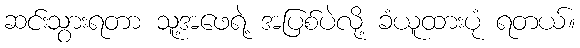
ဆင်းသွားရတာ သူ့အဖေရဲ့ အပြစ်ပဲလို့ ခံယူထားပုံ ရတယ်။